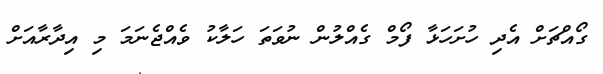
ގޯއްޗަށް އެދި ހުށަހަޅާ ފޯމް ގެއްލުން ނުވަތަ ހަލާކު ވެއްޖެނަމަ މި އިދާރާއަށް